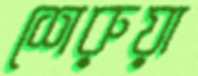
শেরুয়া